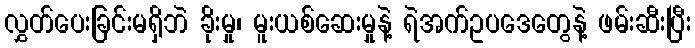
လွှတ်ပေးခြင်းမရှိဘဲ ခိုးမှု၊ မူးယစ်ဆေးမှုနဲ့ ရဲအက်ဥပဒေတွေနဲ့ ဖမ်းဆီးပြီး